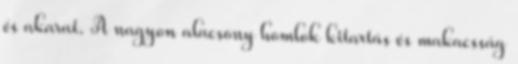
és akarat. A nagyon alacsony homlok kitartás és makacsság